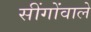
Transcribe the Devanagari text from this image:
सींगोंवाले